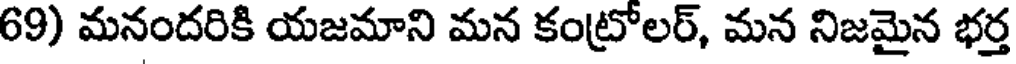
69) మనందరికి యజమాని మన కంట్రోలర్, మన నిజమైన భర్త